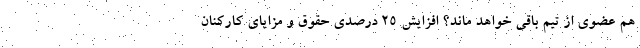
هم عضوی از تیم باقی خواهد ماند؟ افزایش ۲۵ درصدی حقوق و مزایای کارکنان